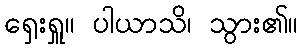
ရှေးရှူ။ ပါယာသိ၊ သွား၏။